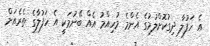
އެ ހަފުލާ ދިގުކޮށްލުމުގެ އެންމެ މުހިއްމު އެއް ބޭނުމަކީ އެ ހަފުލާގެ ތެރެއަށް